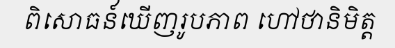
ពិសោធន៍ឃើញរូបភាព ហៅថានិមិត្ត